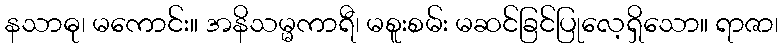
နသာဓု၊ မကောင်း။ အနိသမ္မကာရီ၊ မစူးစမ်း မဆင်ခြင်ပြုလေ့ရှိသော။ ရာဇာ၊